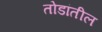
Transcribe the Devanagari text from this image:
तोडांतील